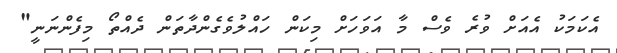
އެކަމަކު އެއަށް ވުރެ ވެސް މާ އަވަހަށް މިކަން ހައްލުވެގެންދާތަން ދެއްތޯ މިފެންނަނީ"